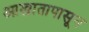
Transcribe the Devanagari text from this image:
आखातापासून